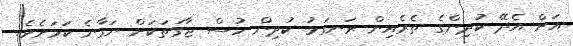
އަށް އެދޭ ކުދިންގެ ތެރެއިން ރަނގަޅު ކުދިން ހުސް ޖާގަތަކަށް ނަގާނެ ކަމަށެވެ.